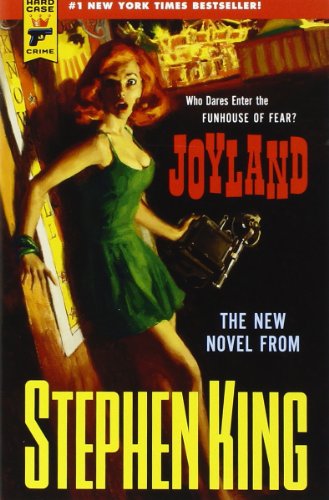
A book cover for Joyland (Hard Case Crime); Stephen King; Mystery, Thriller & Suspense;